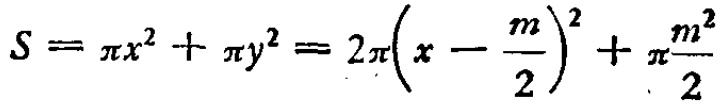
\(S = \pi x^{2}+\pi y^{2}=2\pi\left(x - \frac{m}{2}\right)^{2}+\pi\frac{m^{2}}{2}\)